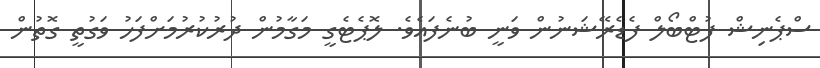
ސްޕެނިޝް ފުޓްބޯލް ފެޑެރޭޝަނުން ވަނީ ބުނެފައެވެ. ލޮޕެޓެގީ މަގާމުން ދުރުކުރުމަށްފަހު ވަގުތީ ގޮތުން